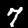
Label: 7